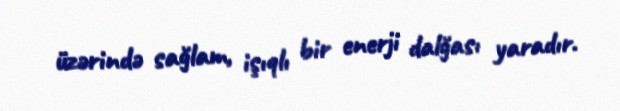
üzərində sağlam, işıqlı bir enerji dalğası yaradır.